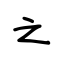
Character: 之